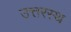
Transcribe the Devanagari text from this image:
उत्तरस्थ